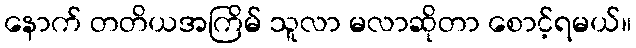
နောက် တတိယအကြိမ် သူလာ မလာဆိုတာ စောင့်ရမယ်။